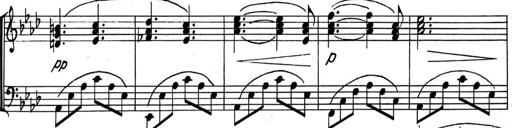
Title: Kleine Sonate
Composer: Raoul Koczalski
Key: C major